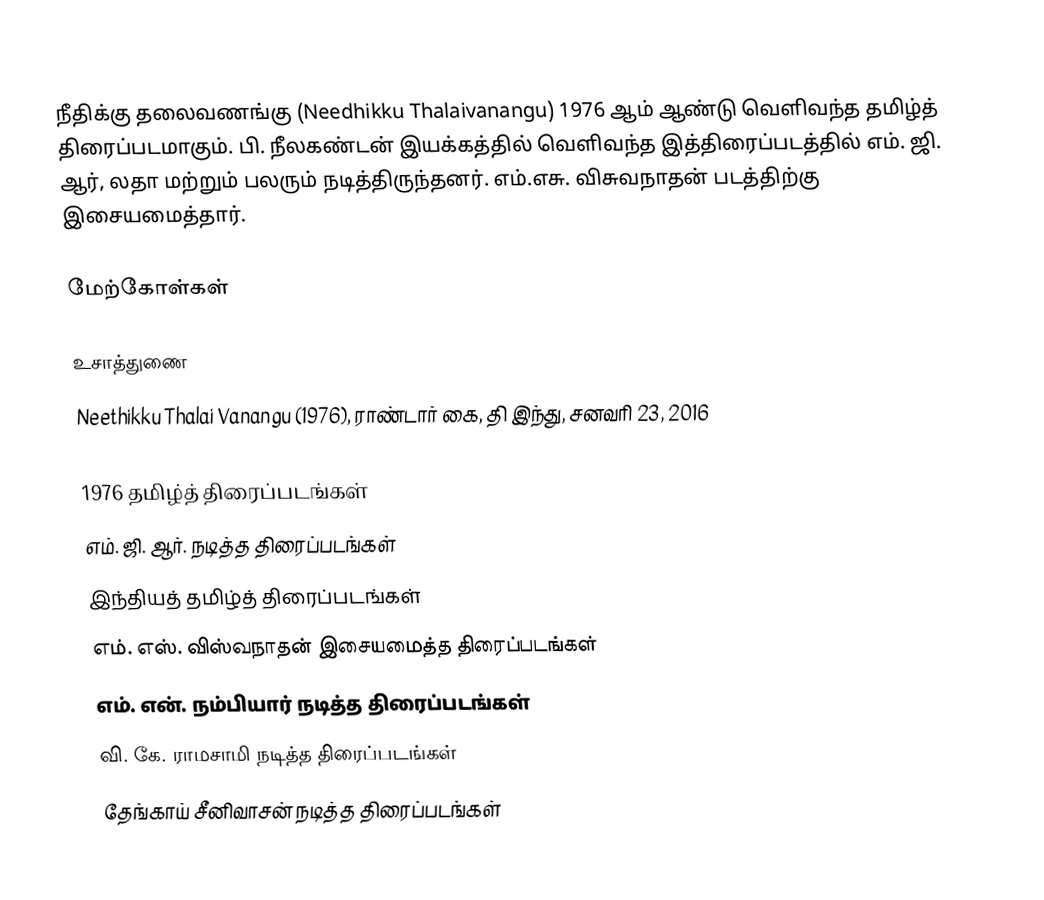
நீதிக்கு தலைவணங்கு (Needhikku Thalaivanangu) 1976 ஆம் ஆண்டு வெளிவந்த தமிழ்த் திரைப்படமாகும். பி. நீலகண்டன் இயக்கத்தில் வெளிவந்த இத்திரைப்படத்தில் எம். ஜி. ஆர், லதா மற்றும் பலரும் நடித்திருந்தனர். எம்.எசு. விசுவநாதன் படத்திற்கு இசையமைத்தார்.

மேற்கோள்கள்

உசாத்துணை
Neethikku Thalai Vanangu (1976), ராண்டார் கை, தி இந்து, சனவரி 23, 2016

1976 தமிழ்த் திரைப்படங்கள்
எம். ஜி. ஆர். நடித்த திரைப்படங்கள்
இந்தியத் தமிழ்த் திரைப்படங்கள்
எம். எஸ். விஸ்வநாதன் இசையமைத்த திரைப்படங்கள்
எம். என். நம்பியார் நடித்த திரைப்படங்கள்
வி. கே. ராமசாமி நடித்த திரைப்படங்கள்
தேங்காய் சீனிவாசன் நடித்த திரைப்படங்கள்